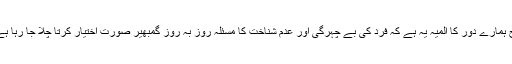
آج ہمارے دور کا المیہ یہ ہے کہ فرد کی بے چہرگی اور عدم شناخت کا مسئلہ روز بہ روز گمبھیر صورت اختیار کرتا چلا جا رہا ہے۔